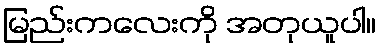
မြည်းကလေးကို အတုယူပါ။